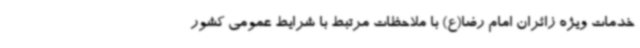
خدمات ویژه زائران امام رضا(ع) با ملاحظات مرتبط با شرایط عمومی کشور